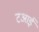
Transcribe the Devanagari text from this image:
टआई